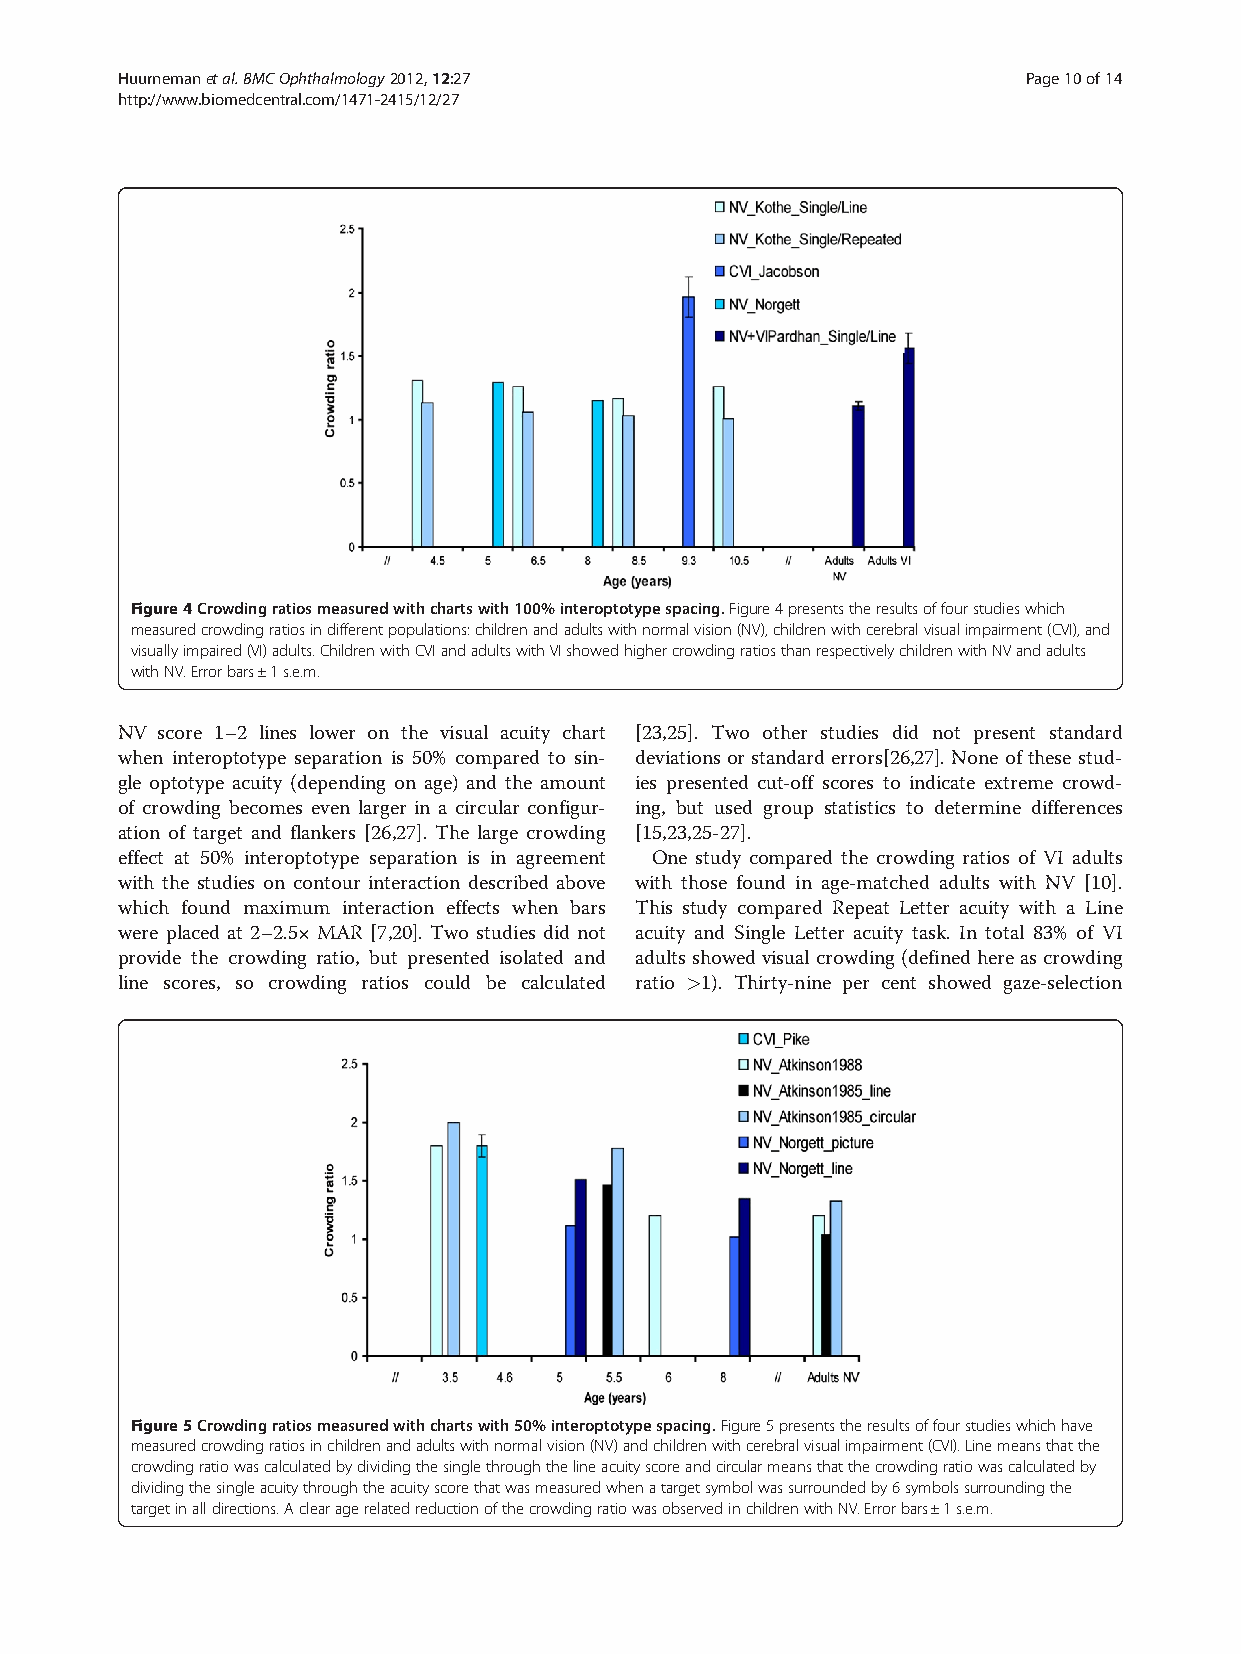
Huurnemanetal.BMCOphthalmology2012,12:27                    Page10of14
 http://www.biomedcentral.com/1471-2415/12/27
 Figure4Crowdingratiosmeasuredwithchartswith100%interoptotypespacing.Figure4presentstheresultsoffourstudieswhich
 measuredcrowdingratiosindifferentpopulations:childrenandadultswithnormalvision(NV),childrenwithcerebralvisualimpairment(CVI),and
 visuallyimpaired(VI)adults.ChildrenwithCVIandadultswithVIshowedhighercrowdingratiosthanrespectivelychildrenwithNVandadults
 withNV.Errorbars±1s.e.m.
 NV score 1–2 lines lower on the visual acuity chart [23,25]. Two other studies did not present standard
 when interoptotype separation is 50% compared to sin- deviations or standard errors[26,27]. None of these stud-
 gle optotype acuity (depending on age) and the amount ies presented cut-off scores to indicate extreme crowd-
 of crowding becomes even larger in a circular configur- ing, but used group statistics to determine differences
 ation of target and flankers [26,27]. The large crowding [15,23,25-27].
 effect at 50% interoptotype separation is in agreement One study compared the crowding ratios of VI adults
 with the studies on contour interaction described above with those found in age-matched adults with NV [10].
 which found maximum interaction effects when bars This study compared Repeat Letter acuity with a Line
 were placed at 2–2.5× MAR [7,20]. Two studies did not acuity and Single Letter acuity task. In total 83% of VI
 provide the crowding ratio, but presented isolated and adultsshowedvisualcrowding(definedhereascrowding
 line scores, so crowding ratios could be calculated ratio >1). Thirty-nine per cent showed gaze-selection
 Figure5Crowdingratiosmeasuredwithchartswith50%interoptotypespacing.Figure5presentstheresultsoffourstudieswhichhave
 measuredcrowdingratiosinchildrenandadultswithnormalvision(NV)andchildrenwithcerebralvisualimpairment(CVI).Linemeansthatthe
 crowdingratiowascalculatedbydividingthesinglethroughthelineacuityscoreandcircularmeansthatthecrowdingratiowascalculatedby
 dividingthesingleacuitythroughtheacuityscorethatwasmeasuredwhenatargetsymbolwassurroundedby6symbolssurroundingthe
 targetinalldirections.AclearagerelatedreductionofthecrowdingratiowasobservedinchildrenwithNV.Errorbars±1s.e.m.